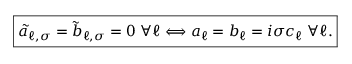
\begin{array} { r } { \boxed { \tilde { a } _ { \ell , \sigma } = \tilde { b } _ { \ell , \sigma } = 0 \; \forall \ell \Longleftrightarrow a _ { \ell } = b _ { \ell } = i \sigma c _ { \ell } \; \forall \ell . } } \end{array}